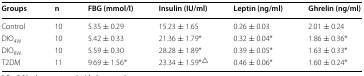
| Groups | n | FBG (mmol/l) | Insulin (IU/ml) | Leptin (ng/ml) | Ghrelin (ng/ml) |
 | --- | --- | --- | --- | --- | --- |
 | Control | 10 | 5.35 ± 0.29 | 15.23 ± 1.65 | 0.26 ± 0.03 | 2.01 ± 0.24 |
 | DIO4W | 10 | 5.42 ± 0.33 | 21.36 ± 1.79* | 0.32 ± 0.04* | 1.86 ± 0.36* |
 | DIO8W | 10 | 5.59 ± 0.30 | 28.28 ± 1.89* | 0.39 ± 0.05* | 1.63 ± 0.33* |
 | T2DM | 11 | 9.69 ± 1.56* | 23.34 ± 1.59*△ | 0.46 ± 0.06* | 1.60 ± 0.24* |